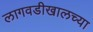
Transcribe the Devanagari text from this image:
लागवडीखालच्या